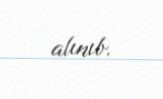
alınıb.